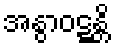
အနွာဝဋ္ဋန္တိ